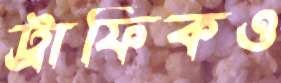
ট্রাফিকও